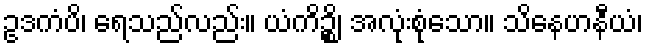
ဥဒကံပိ၊ ရေသည်လည်း။ ယံကိဉ္စိ၊ အလုံးစုံသော။ သိနေဟနီယံ၊